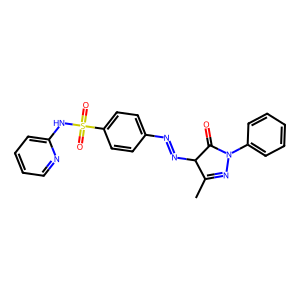
SMILES: CC1=NN(c2ccccc2)C(=O)C1N=Nc1ccc(S(=O)(=O)Nc2ccccn2)cc1
Inhibits HIV replication: No